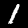
Label: 1